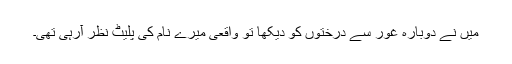
میں نے دوبارہ غور سے درختوں کو دیکھا تو واقعی میرے نام کی پلیٹ نظر آرہی تھی۔